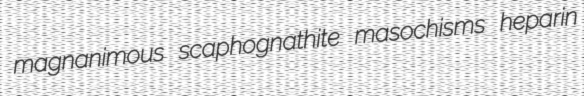
magnanimous scaphognathite masochisms heparin